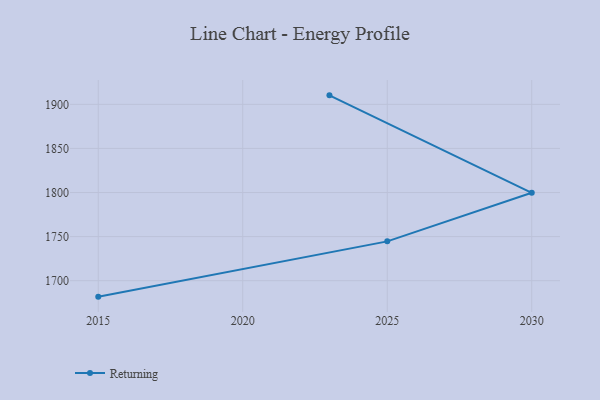
{"axis": {"x": "Year", "y": "Humidity (%)"}, "legend": ["Returning"], "data": [{"x": "2023", "y": 1910.2, "type": "Returning"}, {"x": "2030", "y": 1799.7, "type": "Returning"}, {"x": "2025", "y": 1744.6, "type": "Returning"}, {"x": "2015", "y": 1681.9, "type": "Returning"}]}